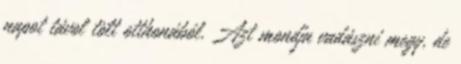
napot távol tölt otthonából. Azt mondja vadászni megy, de